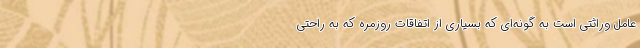
عامل وراثتی است به گونه‌ای که بسیاری از اتفاقات روزمره که به راحتی